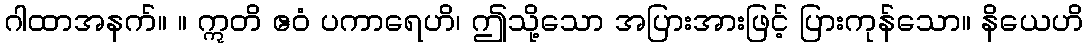
ဂါထာအနက်။ ။ ဣတိ ဧဝံ ပကာရေဟိ၊ ဤသို့သော အပြားအားဖြင့် ပြားကုန်သော။ နိယေဟိ